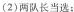
(2)两队长当选；